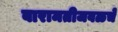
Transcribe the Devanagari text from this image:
बारामतीजवळचे